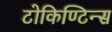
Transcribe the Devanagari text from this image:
टोकिण्टिन्स